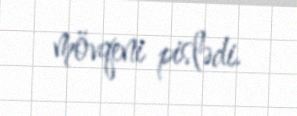
mövqeni pislədi.